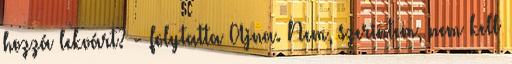
hozzá lekvárt? - folytatta Ajna. Nem, szerintem, nem kell